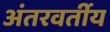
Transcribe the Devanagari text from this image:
अंतरवर्तीय